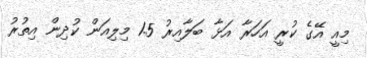
މިއީ އޭގެ ކުރީ އަހަރާ އަޅާ ބަލާއިރު 1.5 މިލިއަން ކުދިން އިތުރު